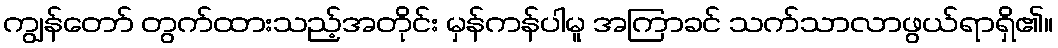
ကျွန်တော် တွက်ထားသည့်အတိုင်း မှန်ကန်ပါမူ အကြာခင် သက်သာလာဖွယ်ရာရှိ၏။